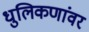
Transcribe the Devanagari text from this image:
धुलिकणांवर